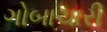
ગોબાચારી